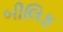
બીલિફ